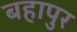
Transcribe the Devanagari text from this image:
बहापुर